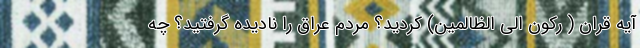
آیه قران ( رکون الی الظالمین) کردید؟ مردم عراق را نادیده گرفتید؟ چه